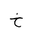
Letter: _kha